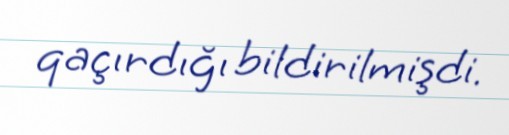
qaçırdığı bildirilmişdi.